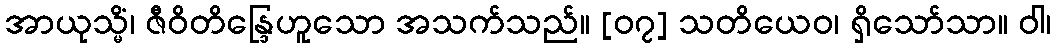
အာယုသ္မိံ၊ ဇီဝိတိန္ဒြေဟူသော အသက်သည်။ [၀၇] သတိယေဝ၊ ရှိသော်သာ။ ဝါ၊